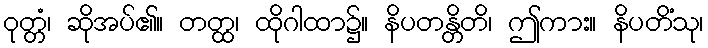
ဝုတ္တံ၊ ဆိုအပ်၏။ တတ္ထ၊ ထိုဂါထာ၌။ နိပတန္တိတိ၊ ဤကား။ နိပတိံသု၊